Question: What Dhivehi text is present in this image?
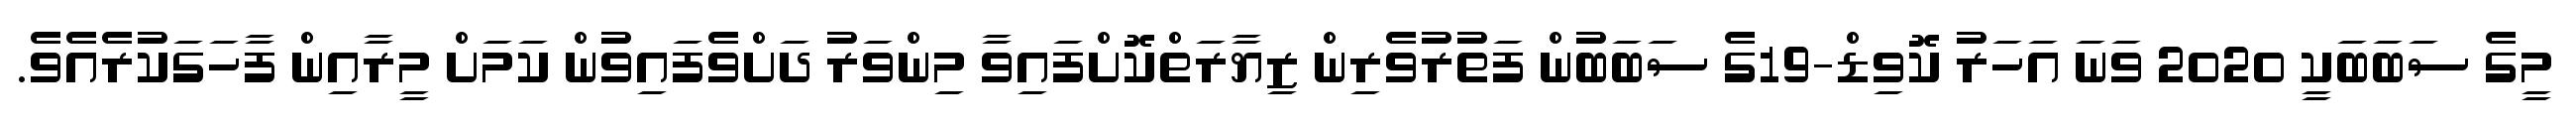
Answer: މީގެ ސަބަބަކީ 2020 ވަނަ އަހަރު ކޮވިޑް-19ގެ ސަބަބުން ފަތުރުވެރިން ޒިޔާރަތްކޮށްފައިވާ މިންވަރު ދަށްވެފައިވުން ކަމަށް މީރާއިން ފާހަގަކުރެއެވެ.